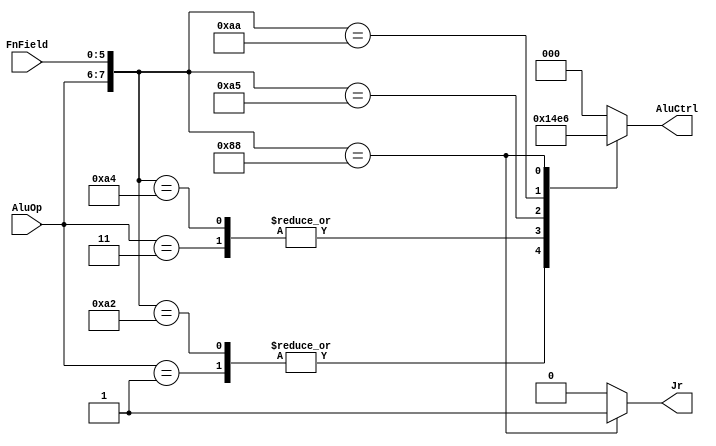
module ALUController(AluOp, FnField, AluCtrl, Jr);

  input [1:0] AluOp;
  input [5:0] FnField; //for R-type instruction

  output reg [2:0] AluCtrl;
  output reg Jr;

  always@(AluOp or FnField)begin
   Jr = 1'b0;
   AluCtrl = 3'b0; 
	 casex({AluOp,FnField})
		  8'b00_xxxxxx:
		    AluCtrl = 3'b000; //lw / sw
		  8'b01_xxxxxx:
		    AluCtrl = 3'b001; //beq
		  8'b11_xxxxxx:
		    AluCtrl = 3'b010; //andi
		  8'b10_100000:
		    AluCtrl = 3'b000; //add
		  8'b10_100010:
		    AluCtrl = 3'b001; //sub
		  8'b10_100100:
		    AluCtrl = 3'b010; //and
		  8'b10_100101:
		    AluCtrl = 3'b011; //or
		  8'b10_101010:
		    AluCtrl = 3'b100; //slt
		  8'b10_001000:
		    begin
		      AluCtrl = 3'b110; //jr
	        Jr = 1'b1;
	     end
	 endcase
  end
  
endmodule